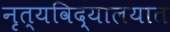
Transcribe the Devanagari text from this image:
नृत्यविद्यालयात